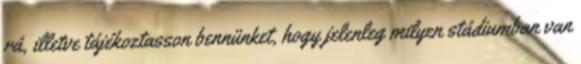
rá, illetve tájékoztasson bennünket, hogy jelenleg milyen stádiumban van